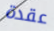
عقدة